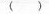
( )